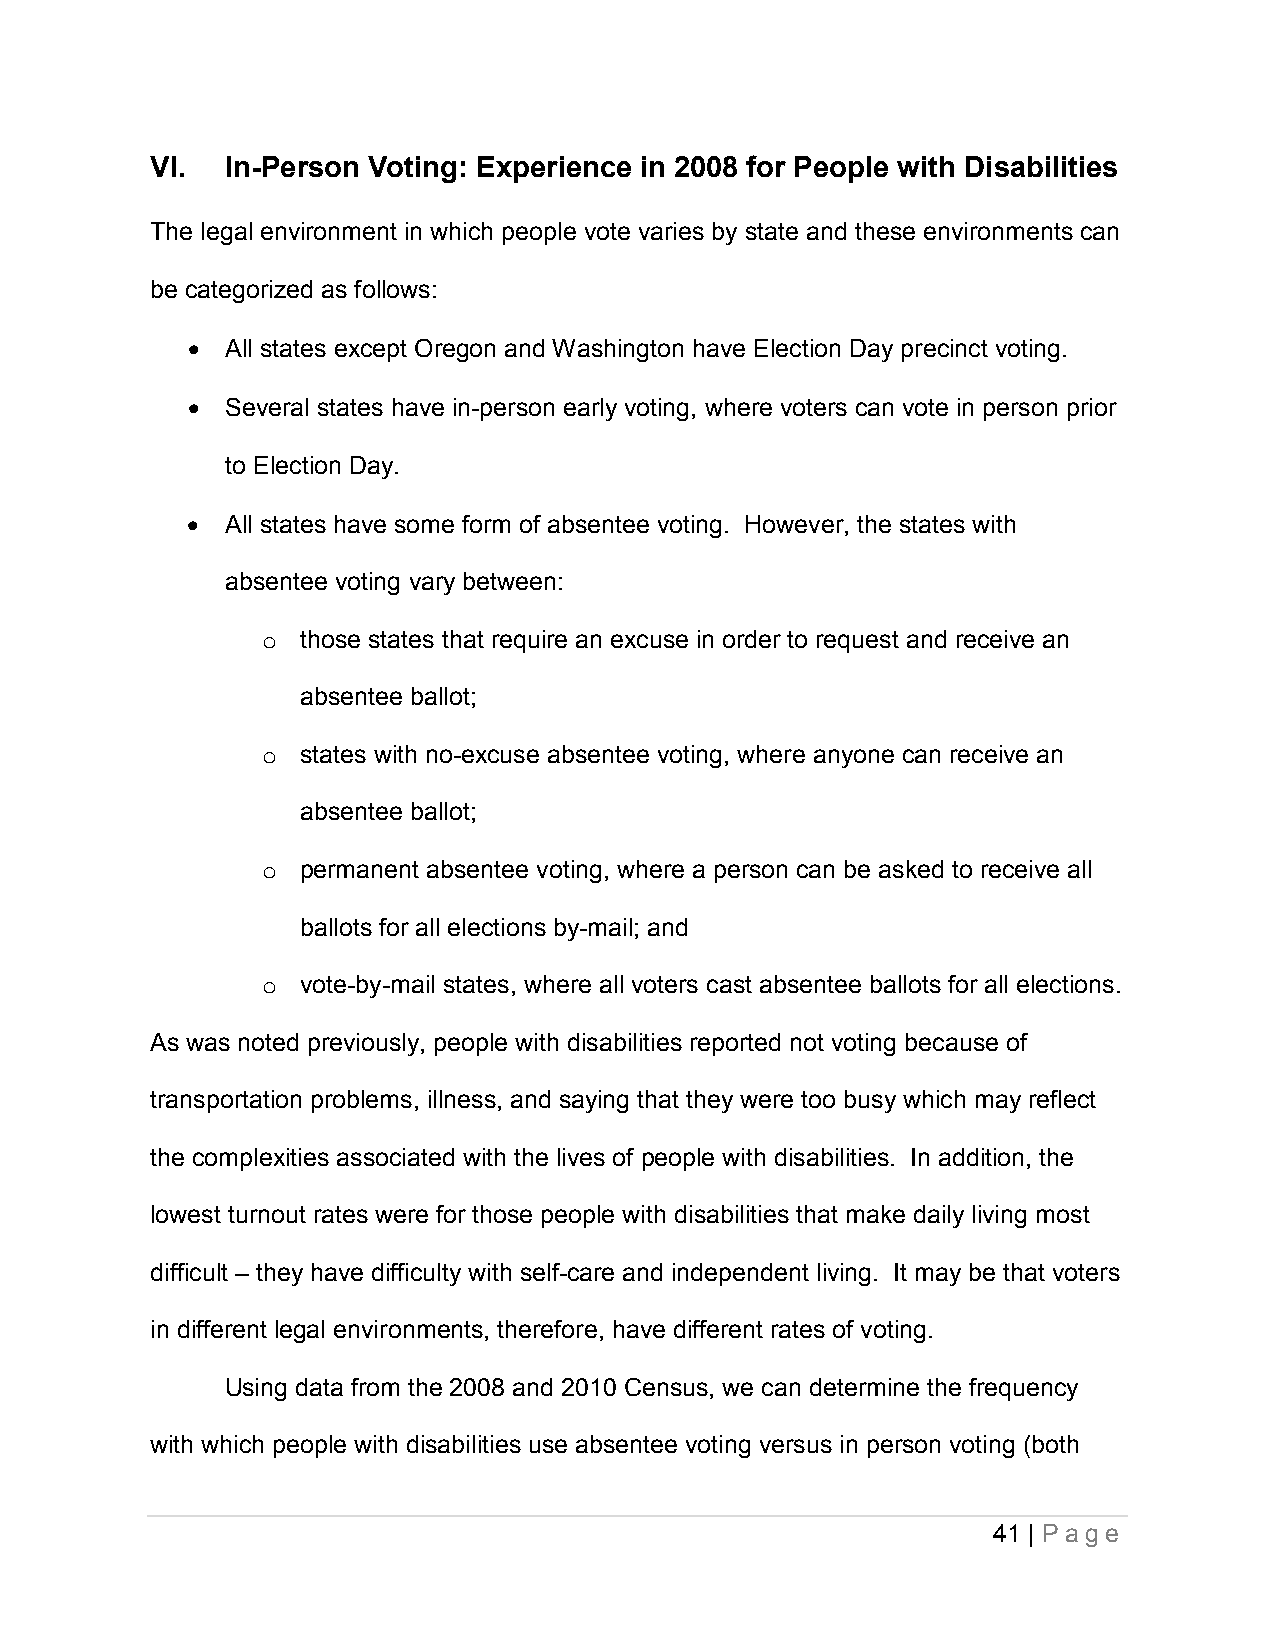
VI.  In-Person Voting: Experience in 2008 for People with Disabilities
 The legal environment in which people vote varies by state and these environments can
 be categorized as follows:
 •  All states except Oregon and Washington have Election Day precinct voting.
 •  Several states have in-person early voting, where voters can vote in person prior
 to Election Day.
 •  All states have some form of absentee voting. However, the states with
 absentee voting vary between:
 those states that require an excuse in order to request and receive an
 o
 absentee ballot;
 states with no-excuse absentee voting, where anyone can receive an
 o
 absentee ballot;
 permanent absentee voting, where a person can be asked to receive all
 o
 ballots for all elections by-mail; and
 vote-by-mail states, where all voters cast absentee ballots for all elections.
 o
 As was noted previously, people with disabilities reported not voting because of
 transportation problems, illness, and saying that they were too busy which may reflect
 the complexities associated with the lives of people with disabilities. In addition, the
 lowest turnout rates were for those people with disabilities that make daily living most
 difficult – they have difficulty with self-care and independent living. It may be that voters
 in different legal environments, therefore, have different rates of voting.
 Using data from the 2008 and 2010 Census, we can determine the frequency
 with which people with disabilities use absentee voting versus in person voting (both
 41 | P a ge